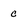
Character: c